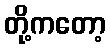
တို့ကတော့